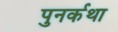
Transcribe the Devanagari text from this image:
पुनर्कथा